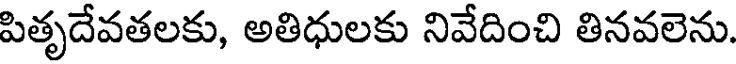
పితృదేవతలకు, అతిధులకు నివేదించి తినవలెను.